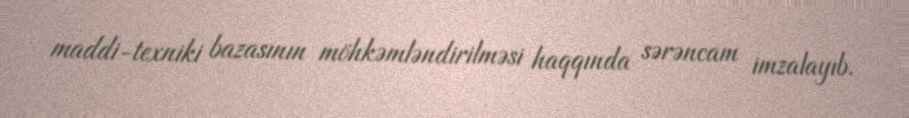
maddi-texniki bazasının möhkəmləndirilməsi haqqında sərəncam imzalayıb.